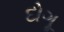
દોગૂ